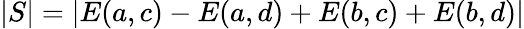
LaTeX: |S|=|E(a,c)-E(a,d)+E(b,c)+E(b,d)|